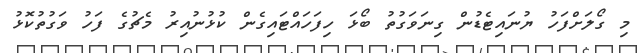
މި ގޯލަށްފަހު ޔުނައިޓެޑުން ގިނަވަގުތު ބޯޅަ ހިފަހައްޓައިގެން ކުޅުނުއިރު މެޗުގެ ފަހު ވަގުތުކޮޅު